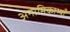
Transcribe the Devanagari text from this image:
अनामिकाभ्याँ